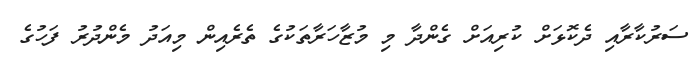
ސަރުކާރާއި ދެކޮޅަށް ކުރިއަށް ގެންދާ މި މުޒާހަރާތަކުގެ ތެރެއިން މިއަދު މެންދުރު ފަހުގެ